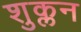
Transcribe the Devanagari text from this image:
शुक्लन